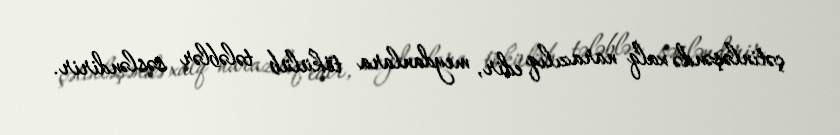
çətinləşəndə xalq narazılıq edir, meydanlara tökülüb tələblər səsləndirir.